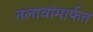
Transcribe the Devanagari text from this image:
तलावांमार्फत